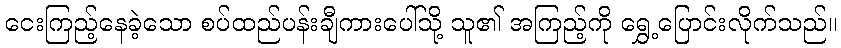
ငေးကြည့်နေခဲ့သော စပ်ထည်ပန်းချီကားပေါ်သို့ သူ၏ အကြည့်ကို ရွှေ့ပြောင်းလိုက်သည်။